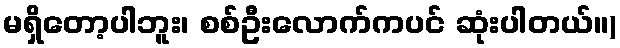
မရှိတော့ပါဘူး၊ စစ်ဦးလောက်ကပင် ဆုံးပါတယ်။)